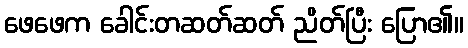
ဖေဖေက ခေါင်းတဆတ်ဆတ် ညိတ်ပြီး ပြော၏။